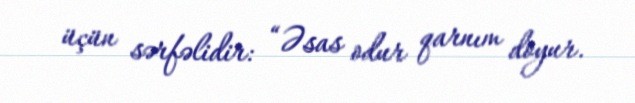
üçün sərfəlidir: “Əsas odur qarnım doyur.